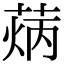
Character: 𦳼